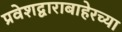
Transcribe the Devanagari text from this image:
प्रवेशद्वाराबाहेरच्या